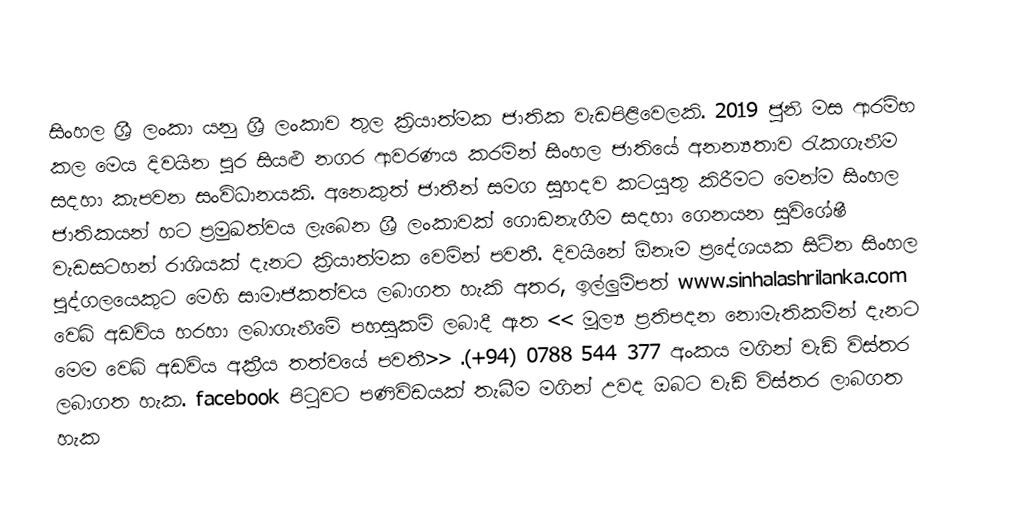
සිංහල ශ්‍රී ලංකා යනු ශ්‍රී ලංකාව තුල ක්‍රියාත්මක ජාතික වැඩපිළිවෙලකි. 2019 ජුනි මස ආරම්භ කල මෙය දිවයින පුර සියළු නගර ආවරණය කරමින් සිංහල ජාතියේ අනන්‍යතාව රැකගැනීම සදහා කැපවන සංවිධානයකි.  අනෙකුත් ජාතීන් සමග සුහදව කටයුතු කිරීමට මෙන්ම සිංහල ජාතිකයන් හට ප්‍රමුඛත්වය ලැබෙන ශ්‍රී ලංකාවක් ගොඩනැගීම සදහා ගෙනයන සුවිශේෂී වැඩසටහන් රාශියක් දැනට ක්‍රියාත්මක වෙමින් පවතී. දිවයිනේ ඕනෑම ප්‍රදේශයක සිටින සිංහල පුද්ගලයෙකුට මෙහි සාමාජිකත්වය ලබාගත හැකි අතර, ඉල්ලුම්පත් www.sinhalashrilanka.com වෙබ් අඩවිය හරහා ලබාගැනීමේ පහසුකම් ලබාදී ඇත << මූල්‍ය ප්‍රතිපදන නොමැතිකමින් දැනට මෙම වෙබ් අඩවිය අක්‍රීය තත්වයේ පවතී>> .(+94) 0788 544 377 අංකය මගින් වැඩි විස්තර ලබාගත හැක. facebook පිටුවට පණිවිඩයක් තැබීම මගින් උවද ඔබට වැඩි විස්තර ලාබගත හැක